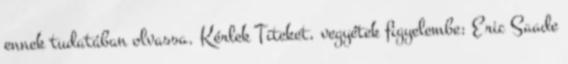
ennek tudatában olvassa. Kérlek Titeket, vegyétek figyelembe: Eric Saade